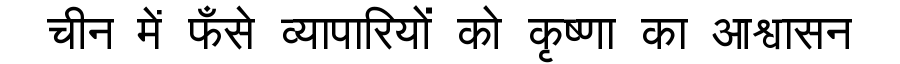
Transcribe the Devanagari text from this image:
चीन में फँसे व्यापारियों को कृष्णा का आश्वासन